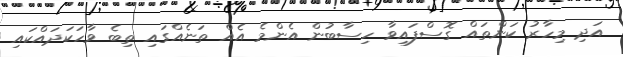
އަދި މިހާރު ކަންތައް ގޮސްފައިވާ ހިސާބުން އެންމެ އެއް ތަނެއްގައި ތިބެ ވާހަކަދައްކައި